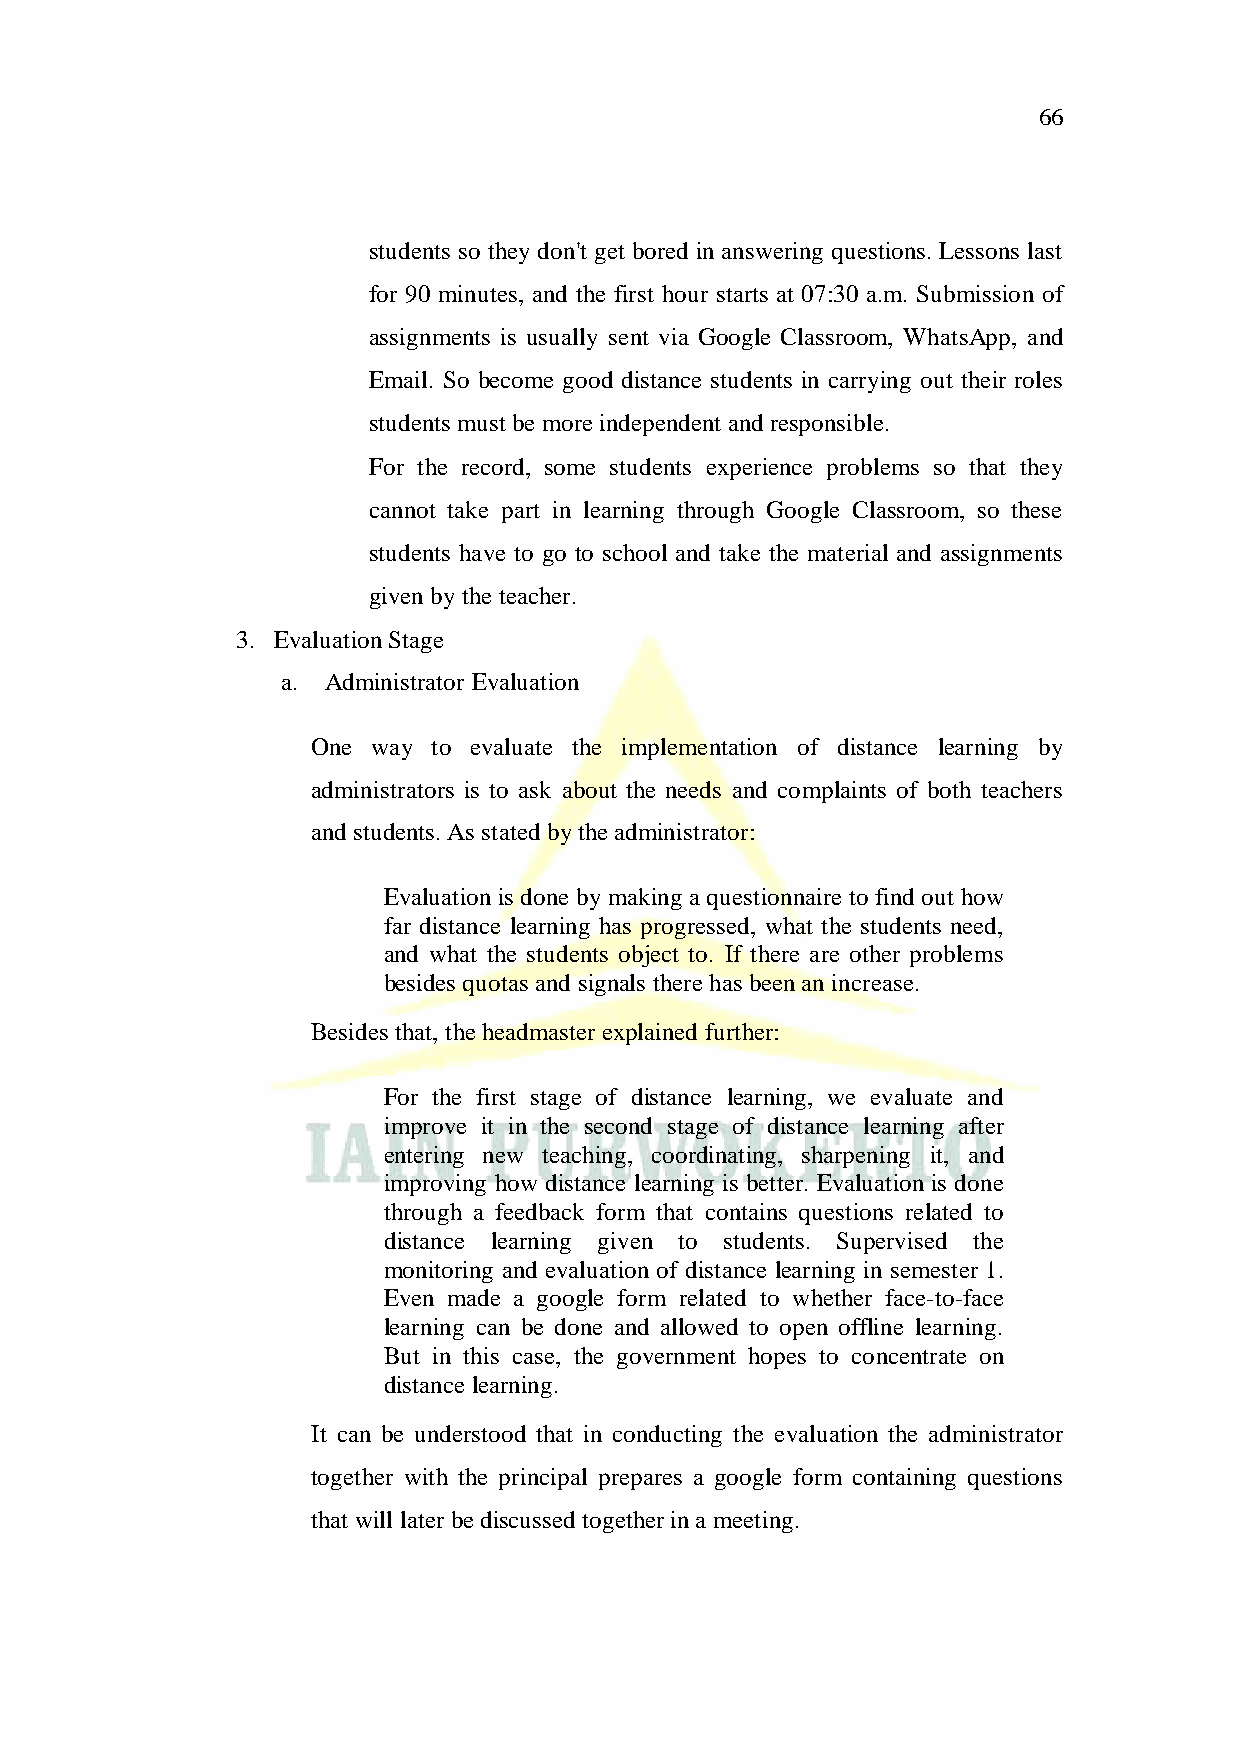
66
 students so they don't get bored in answering questions. Lessons last
 for 90 minutes, and the first hour starts at 07:30 a.m. Submission of
 assignments is usually sent via Google Classroom, WhatsApp, and
 Email. So become good distance students in carrying out their roles
 students must be more independent and responsible.
 For the record, some students experience problems so that they
 cannot take part in learning through Google Classroom, so these
 students have to go to school and take the material and assignments
 given by the teacher.
 3. Evaluation Stage
 a. Administrator Evaluation
 One way to evaluate the implementation of distance learning by
 administrators is to ask about the needs and complaints of both teachers
 and students. As stated by the administrator:
 Evaluation is done by making a questionnaire to find out how
 far distance learning has progressed, what the students need,
 and what the students object to. If there are other problems
 besides quotas and signals there has been an increase.
 Besides that, the headmaster explained further:
 For the first stage of distance learning, we evaluate and
 improve it in the second stage of distance learning after
 entering new teaching, coordinating, sharpening it, and
 improving how distance learning is better. Evaluation is done
 through a feedback form that contains questions related to
 distance learning given to students. Supervised the
 monitoring and evaluation of distance learning in semester 1.
 Even made a google form related to whether face-to-face
 learning can be done and allowed to open offline learning.
 But in this case, the government hopes to concentrate on
 distance learning.
 It can be understood that in conducting the evaluation the administrator
 together with the principal prepares a google form containing questions
 that will later be discussed together in a meeting.